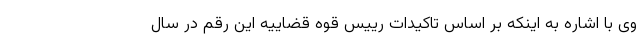
وی با اشاره به اینکه بر اساس تاکیدات رییس قوه قضاییه این رقم در سال